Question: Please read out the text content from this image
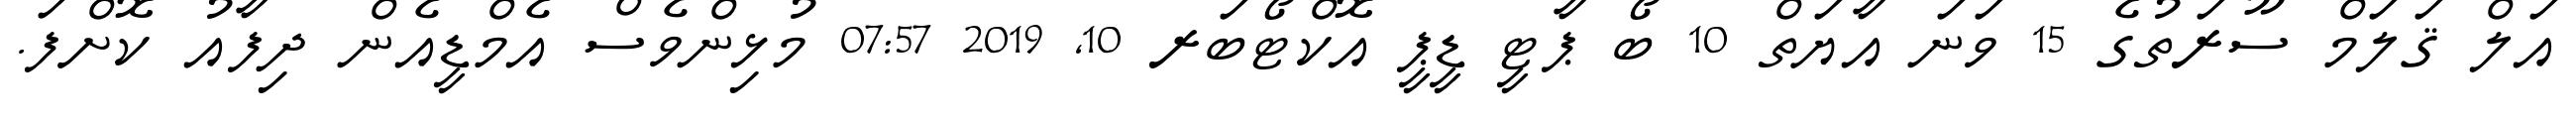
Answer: އަލް ޤަލަމް ސޫރަތުގެ 15 ވަނަ އާޔަތް 10 ބޯ ޕާޓީ ޑީޕީ އޮކްޓޯބަރ 10, 2019 07:57 މުޅިންވެސް އެމްޑީއެން ދިފާއު ކޮށްފަ.